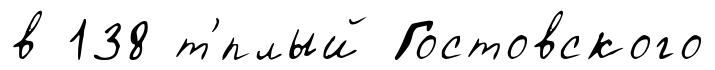
в 138 т'́плый Гостовского